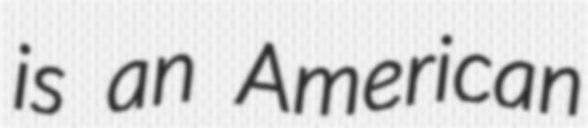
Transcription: is an American